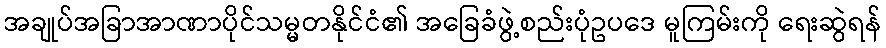
အချုပ်အခြာအာဏာပိုင်သမ္မတနိုင်ငံ၏ အခြေခံဖွဲ့စည်းပုံဥပဒေ မူကြမ်းကို ရေးဆွဲရန်